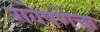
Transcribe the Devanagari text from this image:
गवेषणेचा